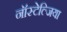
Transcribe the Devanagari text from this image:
नॉस्टेल्जिया